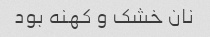
نان خشک و کهنه بود